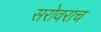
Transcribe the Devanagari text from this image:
सरोवराच